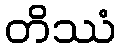
တိဿံ